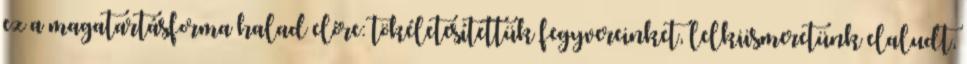
ez a magatartásforma halad előre: tökéletesítettük fegyvereinket, lelkiismeretünk elaludt,